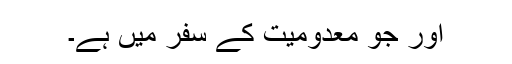
اور جو معدومیت کے سفر میں ہے۔